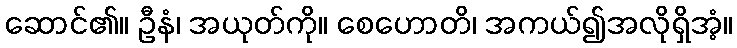
ဆောင်၏။ ဦနံ၊ အယုတ်ကို။ စေဟောတိ၊ အကယ်၍အလိုရှိအံ့။